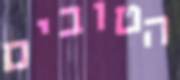
הטובים